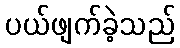
ပယ်ဖျက်ခဲ့သည်